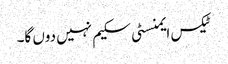
ٹیکس ایمنسٹی سکیم نہیں دوں گا۔